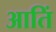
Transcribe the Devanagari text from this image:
आतिं